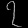
Digit: ၇